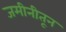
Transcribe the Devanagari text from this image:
जमीनीतून